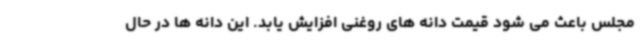
مجلس باعث می شود قیمت دانه های روغنی افزایش یابد. این دانه ها در حال